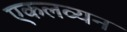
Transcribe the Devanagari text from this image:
एकलव्यन